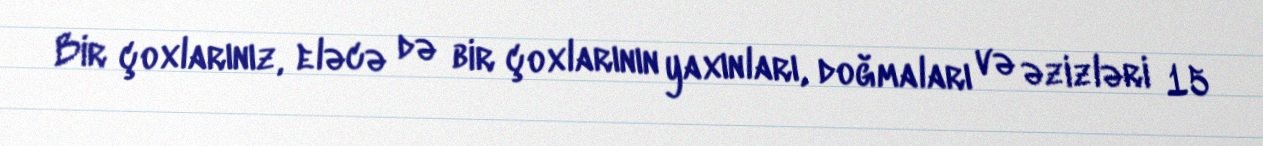
Bir çoxlarınız, eləcə də bir çoxlarının yaxınları, doğmaları və əzizləri 15